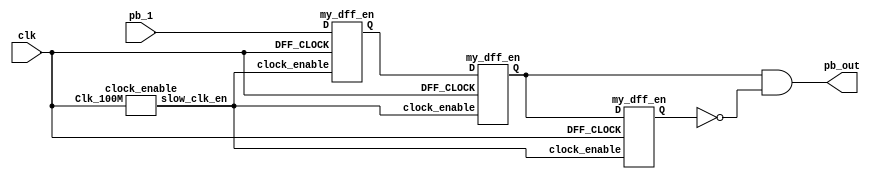
module debounce_ericyu(input pb_1, clk, output pb_out);
    wire slow_clk_en;
    wire Q1,Q2,Q2_bar,Q0;
    clock_enable u1(clk, slow_clk_en);
    my_dff_en d0(clk, slow_clk_en, pb_1, Q0);
    //?`?Nff?O??????A???L??O?P?B??
    //?]???A?b posedge clk ?B my_dff_en == 1?????A??G??DFF??input ?O?W?@?? ??@??DFF??output

    my_dff_en d1(clk, slow_clk_en, Q0, Q1);
    my_dff_en d2(clk, slow_clk_en, Q1, Q2);
    assign Q2_bar = ~Q2;
    assign pb_out = Q1 & Q2_bar;
endmodule
// Slow clock enable for debouncing button 
module clock_enable(input Clk_100M, output reg slow_clk_en);
    reg [19:0] counter = 0;
    always @(posedge Clk_100M) begin
        if (counter >= 100000) begin
            counter <= 0;
            slow_clk_en <= 1'b1;
        end else begin
            counter <= counter + 1;
            slow_clk_en <= 1'b0;
        end
    end
endmodule
// D-flip-flop with clock enable signal for debouncing module 
module my_dff_en(input DFF_CLOCK, clock_enable, D, output reg Q = 0);
    always @ (posedge DFF_CLOCK) begin
    if(clock_enable == 1) 
        Q <= D;
    end
endmodule